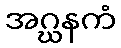
အဂ္ဃနကံ